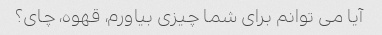
آیا می توانم برای شما چیزی بیاورم، قهوه، چای؟